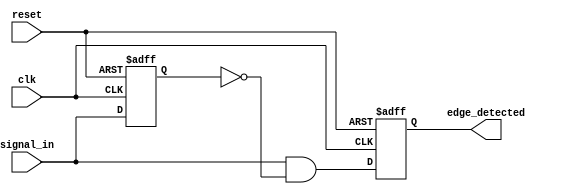
module edge_detector (
    input wire clk,             // Clock signal
    input wire reset,           // Reset signal
    input wire signal_in,       // Input signal to monitor
    output reg edge_detected     // Output signal indicating rising edge
);

    reg previous_state;         // Register to store the previous state of the input signal

    // Always block triggered on the positive edge of the clock
    always @(posedge clk or posedge reset) begin
        if (reset) begin
            previous_state <= 1'b0; // Initialize previous state to low on reset
            edge_detected <= 1'b0;   // Initialize edge_detected to low on reset
        end else begin
            // Edge detection logic
            edge_detected <= (signal_in && !previous_state); // Detect rising edge
            previous_state <= signal_in; // Update previous state to current state
        end
    end

endmodule